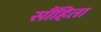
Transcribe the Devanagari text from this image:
सौंहिता